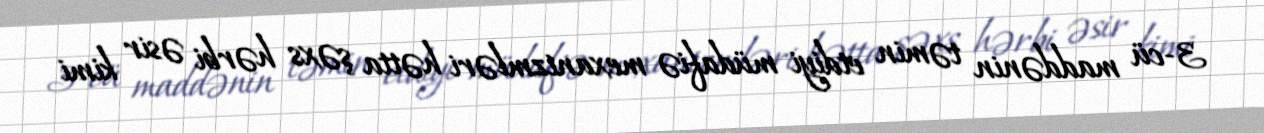
3-cü maddənin təmin etdiyi müdafiə mexanizmləri hətta şəxs hərbi əsir kimi